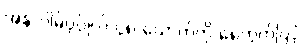
အနာဂါမ်ပုဂ္ဂိုလ် ၄၈-ယောက်ကို ရေတွက်ပြပုံ